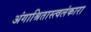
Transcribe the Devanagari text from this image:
अंगाश्रितास्त्वलंकारा